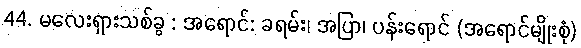
44. မလေးရှားသစ်ခွ : အရောင်: ခရမ်း၊ အပြာ၊ ပန်းရောင် (အရောင်မျိုးစုံ)